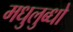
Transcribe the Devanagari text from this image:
मधुलुब्धो